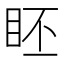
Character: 𥅊